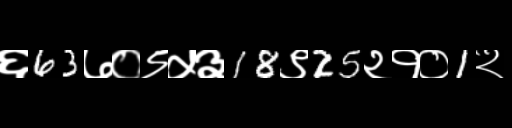
Text: ६63७०९५३18९25२१०1२